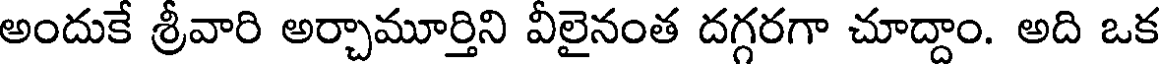
అందుకే శ్రీవారి అర్చామూర్తిని వీలైనంత దగ్గరగా చూద్దాం. అది ఒక